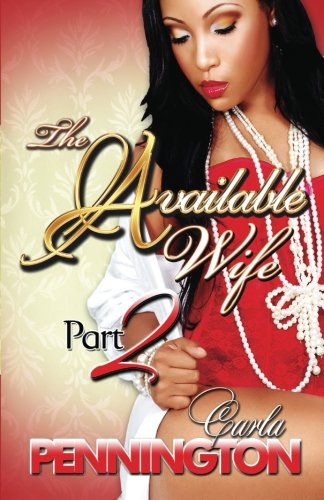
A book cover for The Available Wife Part 2 (The Available Wife Series); Carla Pennington; Romance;